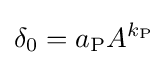
\delta _{0}=a_{\text{P}}A^{k_{\text{P}}}